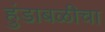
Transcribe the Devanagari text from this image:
हुंडाबळीचा